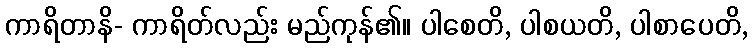
ကာရိတာနိ- ကာရိတ်လည်း မည်ကုန်၏။ ပါစေတိ, ပါစယတိ, ပါစာပေတိ,